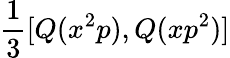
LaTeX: {\frac{1}{3}}[Q(x^{2}p),Q(xp^{2})]